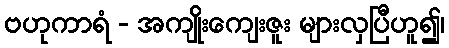
ဗဟုကာရံ - အကျိုးကျေးဇူး များလှပြီဟူ၍၊